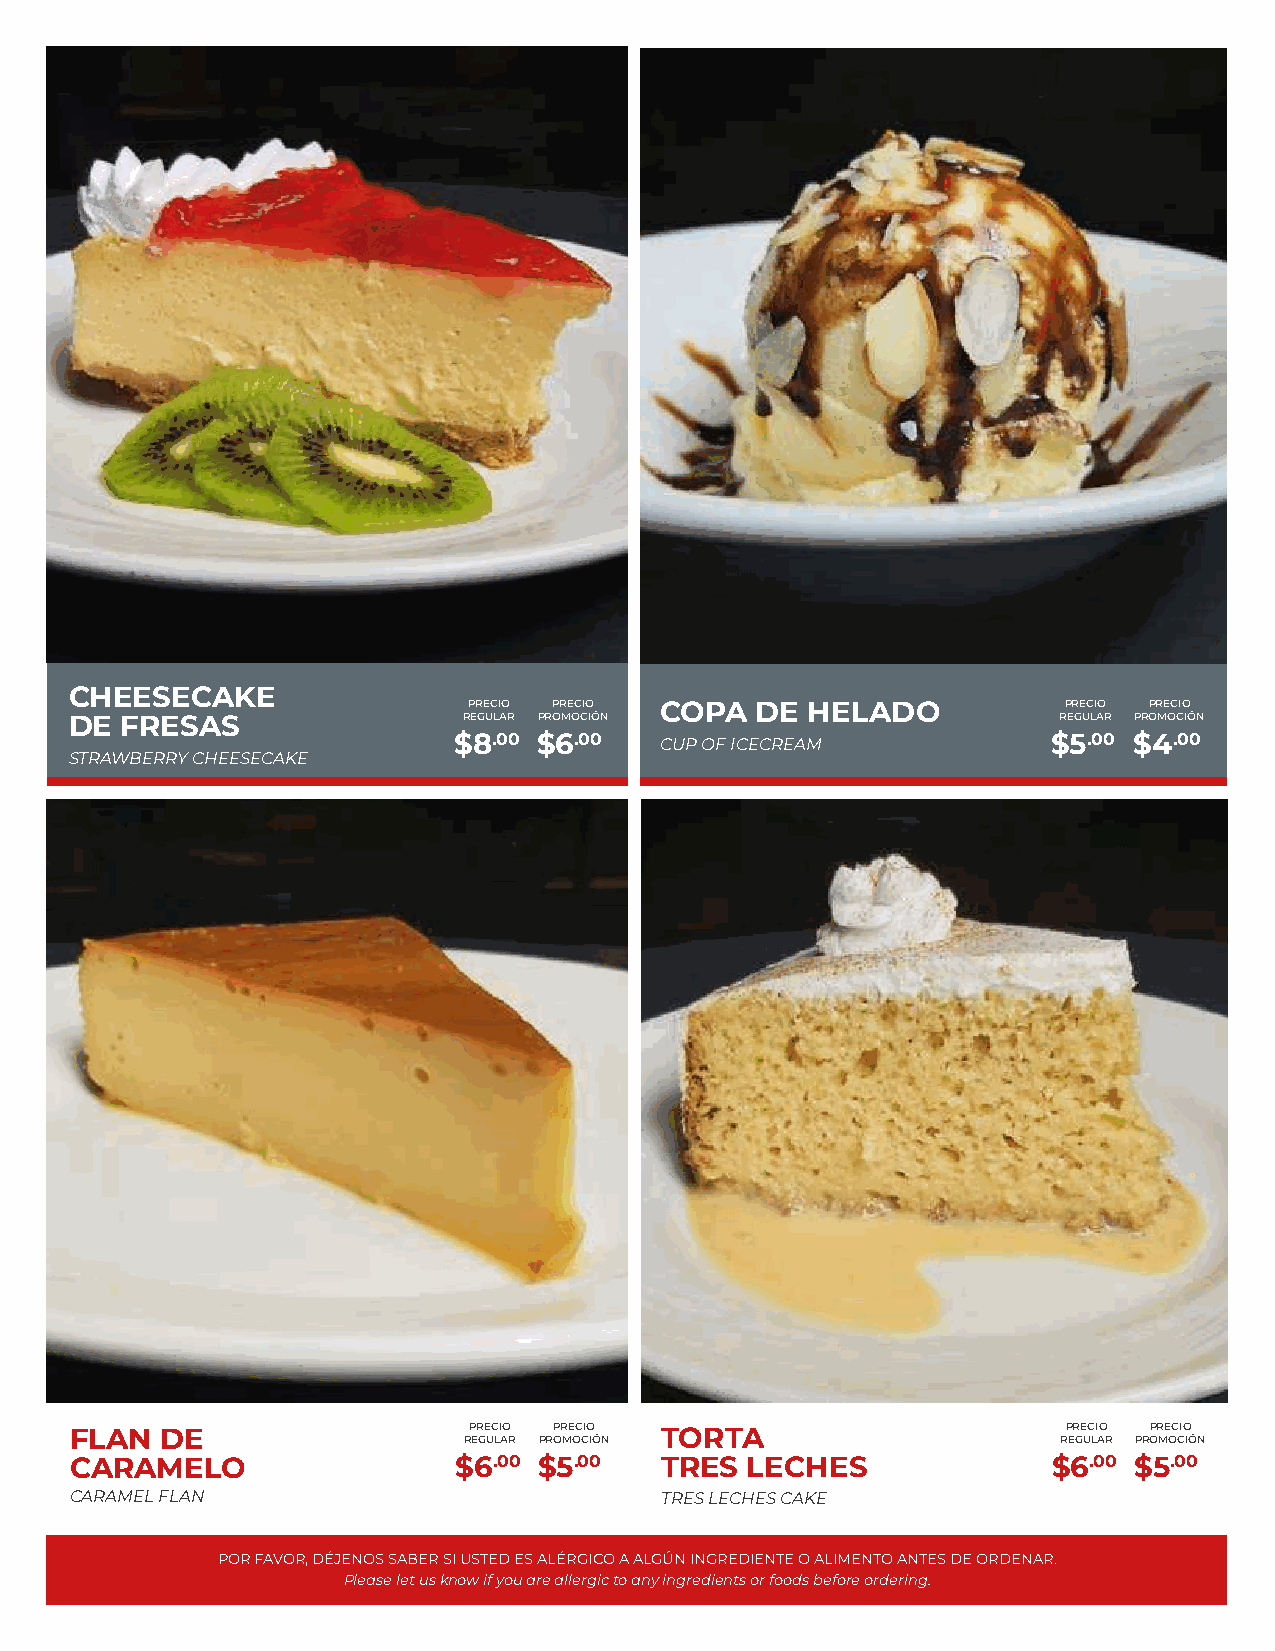
CHEESECAKE
 PRECIO PRECIO COPA DE  HELADO          PRECIO PRECIO
 DE FRESAS                 REGULAR PROMOCIÓN                      REGULAR PROMOCIÓN
 $8.00 $6.00   CUP OF ICECREAM           $5.00 $4.00
 STRAWBERRY CHEESECAKE
 FLAN  DE                  PRECIO PRECIO TORTA                     PRECIO PRECIO
 REGULAR PROMOCIÓN                      REGULAR PROMOCIÓN
 CARAMELO                 $6.00 $5.00   TRES LECHES               $6.00 $5.00
 CARAMEL FLAN                           TRES LECHES CAKE
 POR FAVOR, DÉJENOS SABER SI USTED ES ALÉRGICO A ALGÚN INGREDIENTE O ALIMENTO ANTES DE ORDENAR.
 Please let us know if you are allergic to any ingredients or foods before ordering.